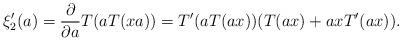
LaTeX: \begin{align*} \xi_2'(a) = \frac{\partial }{\partial a} T(aT(xa)) = T'(aT(ax))(T(ax) + axT'(ax)). \end{align*}